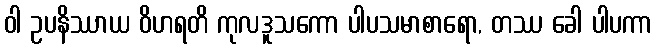
ဝါ ဥပနိဿာယ ဝိဟရတိ ကုလဒူသကော ပါပသမာစာရော, တဿ ခေါ ပါပကာ